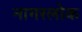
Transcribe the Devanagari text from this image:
नागरलोक